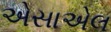
એસાએલ